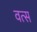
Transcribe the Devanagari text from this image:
वत्‍स